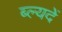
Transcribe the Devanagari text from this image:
ब्ल्यदें